Punjab Mental Hospital Lahore 1922-31 - 1922-1931
Year: 1922
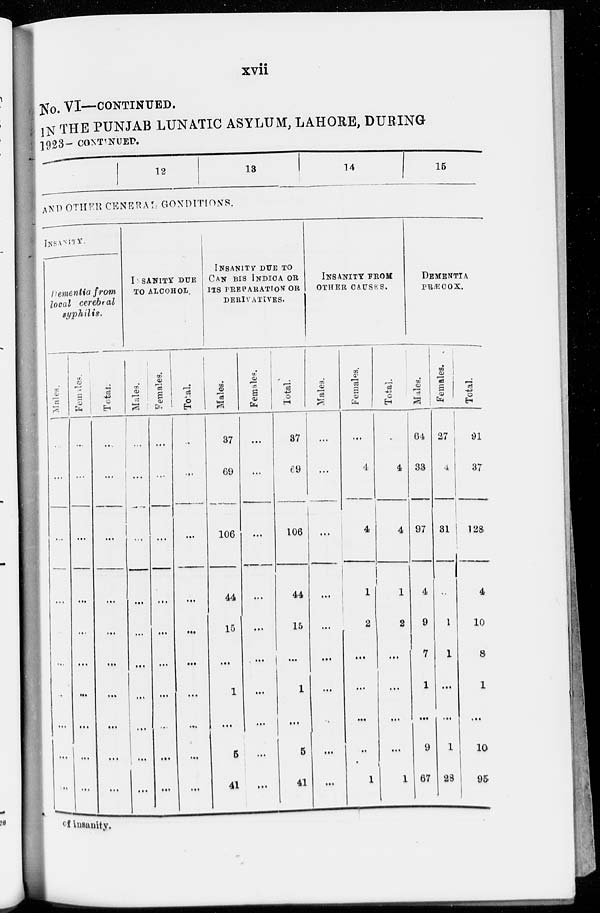
xvii
No. VI—CONTINUED.
IN THE PUNJAB LUNATIC ASYLUM, LAHORE, DURING
1923- CONTINUED.
12
13
14
15
AND OTHER CENERAL CONDITIONS.
INSANITY.
Dementia from
local cerebral
syphilis.
Males.
...
...
...
...
...
...
...
...
...
...
Females.
...
...
...
...
...
...
...
...
...
...
Total.
...
...
...
...
...
...
...
...
...
...
INSANITY DUE
TO ALCOHOL.
Males.
...
...
...
...
...
...
...
...
...
...
Females.
...
...
...
...
...
...
...
...
...
...
Total.
...
...
...
...
...
...
...
...
...
...
INSANITY DUE TO
CANABIS INDICA OR
ITS PREPARATION OR
DERIVATIVES.
Males.
37
69
106
44
15
...
1
...
5
41
Females.
...
...
...
...
...
...
...
...
...
...
Total.
37
69
106
44
15
...
1
...
5
41
INSANITY FROM
OTHER CAUSES.
Males.
...
...
...
...
...
...
...
...
...
...
Females.
...
4
4
1
2
...
...
...
...
1
Total.
...
4
4
1
2
...
...
...
...
1
DEMENTIA
PRÆCOX.
Males.
64
33
97
4
9
7
1
...
9
67
Females.
27
4
31
...
1
1
...
...
1
28
Total.
91
37
128
4
10
8
1
...
10
95
of insanity.